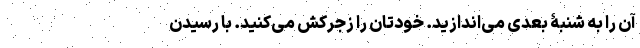
آن را به شنبۀ بعدی می‌اندازید. خودتان را زجرکش می‌کنید. با رسیدن